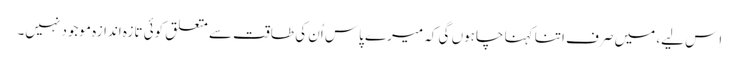
اِس لیے، میں صرف اتنا کہنا چاہوں گی کہ میرے پاس اُن کی طاقت سے متعلق کوئی تازہ اندازہ موجود نہیں۔